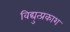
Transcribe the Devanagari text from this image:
विद्युत्प्रकाश